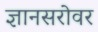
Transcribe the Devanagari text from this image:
ज्ञानसरोवर